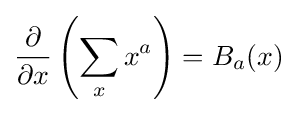
{\frac {\partial }{\partial x}}\left(\sum _{x}x^{a}\right)=B_{a}(x)